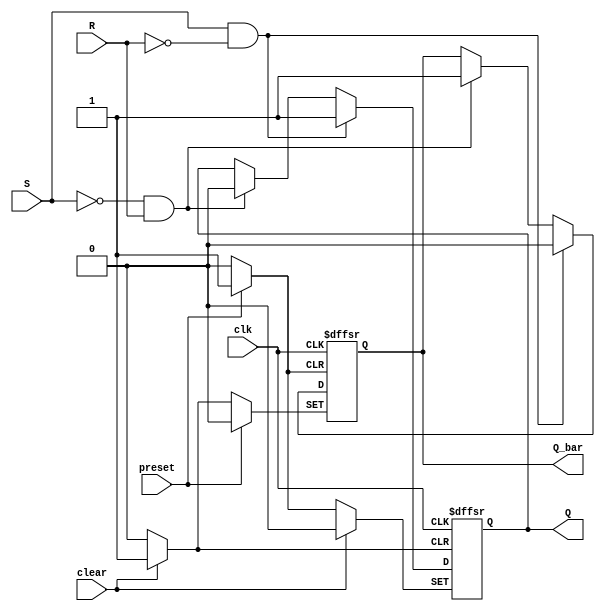
module sr_flip_flop (
    input S, 
    input R, 
    input clk, 
    input clear, 
    input preset,
    output reg Q, 
    output reg Q_bar
);

always @(posedge clk or posedge clear or posedge preset) begin
    if (clear) begin
        Q <= 1'b0;
        Q_bar <= 1'b1;
    end else if (preset) begin
        Q <= 1'b1;
        Q_bar <= 1'b0;
    end else if (S && !R) begin
        Q <= 1'b1;
        Q_bar <= 1'b0;
    end else if (!S && R) begin
        Q <= 1'b0;
        Q_bar <= 1'b1;
    end
end

endmodule